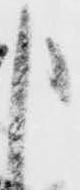
申